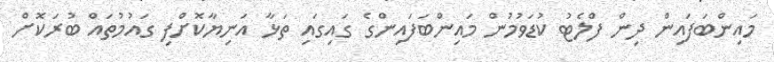
މައިންބަފައިން ދިން ފްލެޓު ކުޑަވުމުން މައިންބަފައިންގެ ގައިގައި ތަޅާ އަނިޔާކޮށްފި ގައުމުތައް ބުރަކޮށް